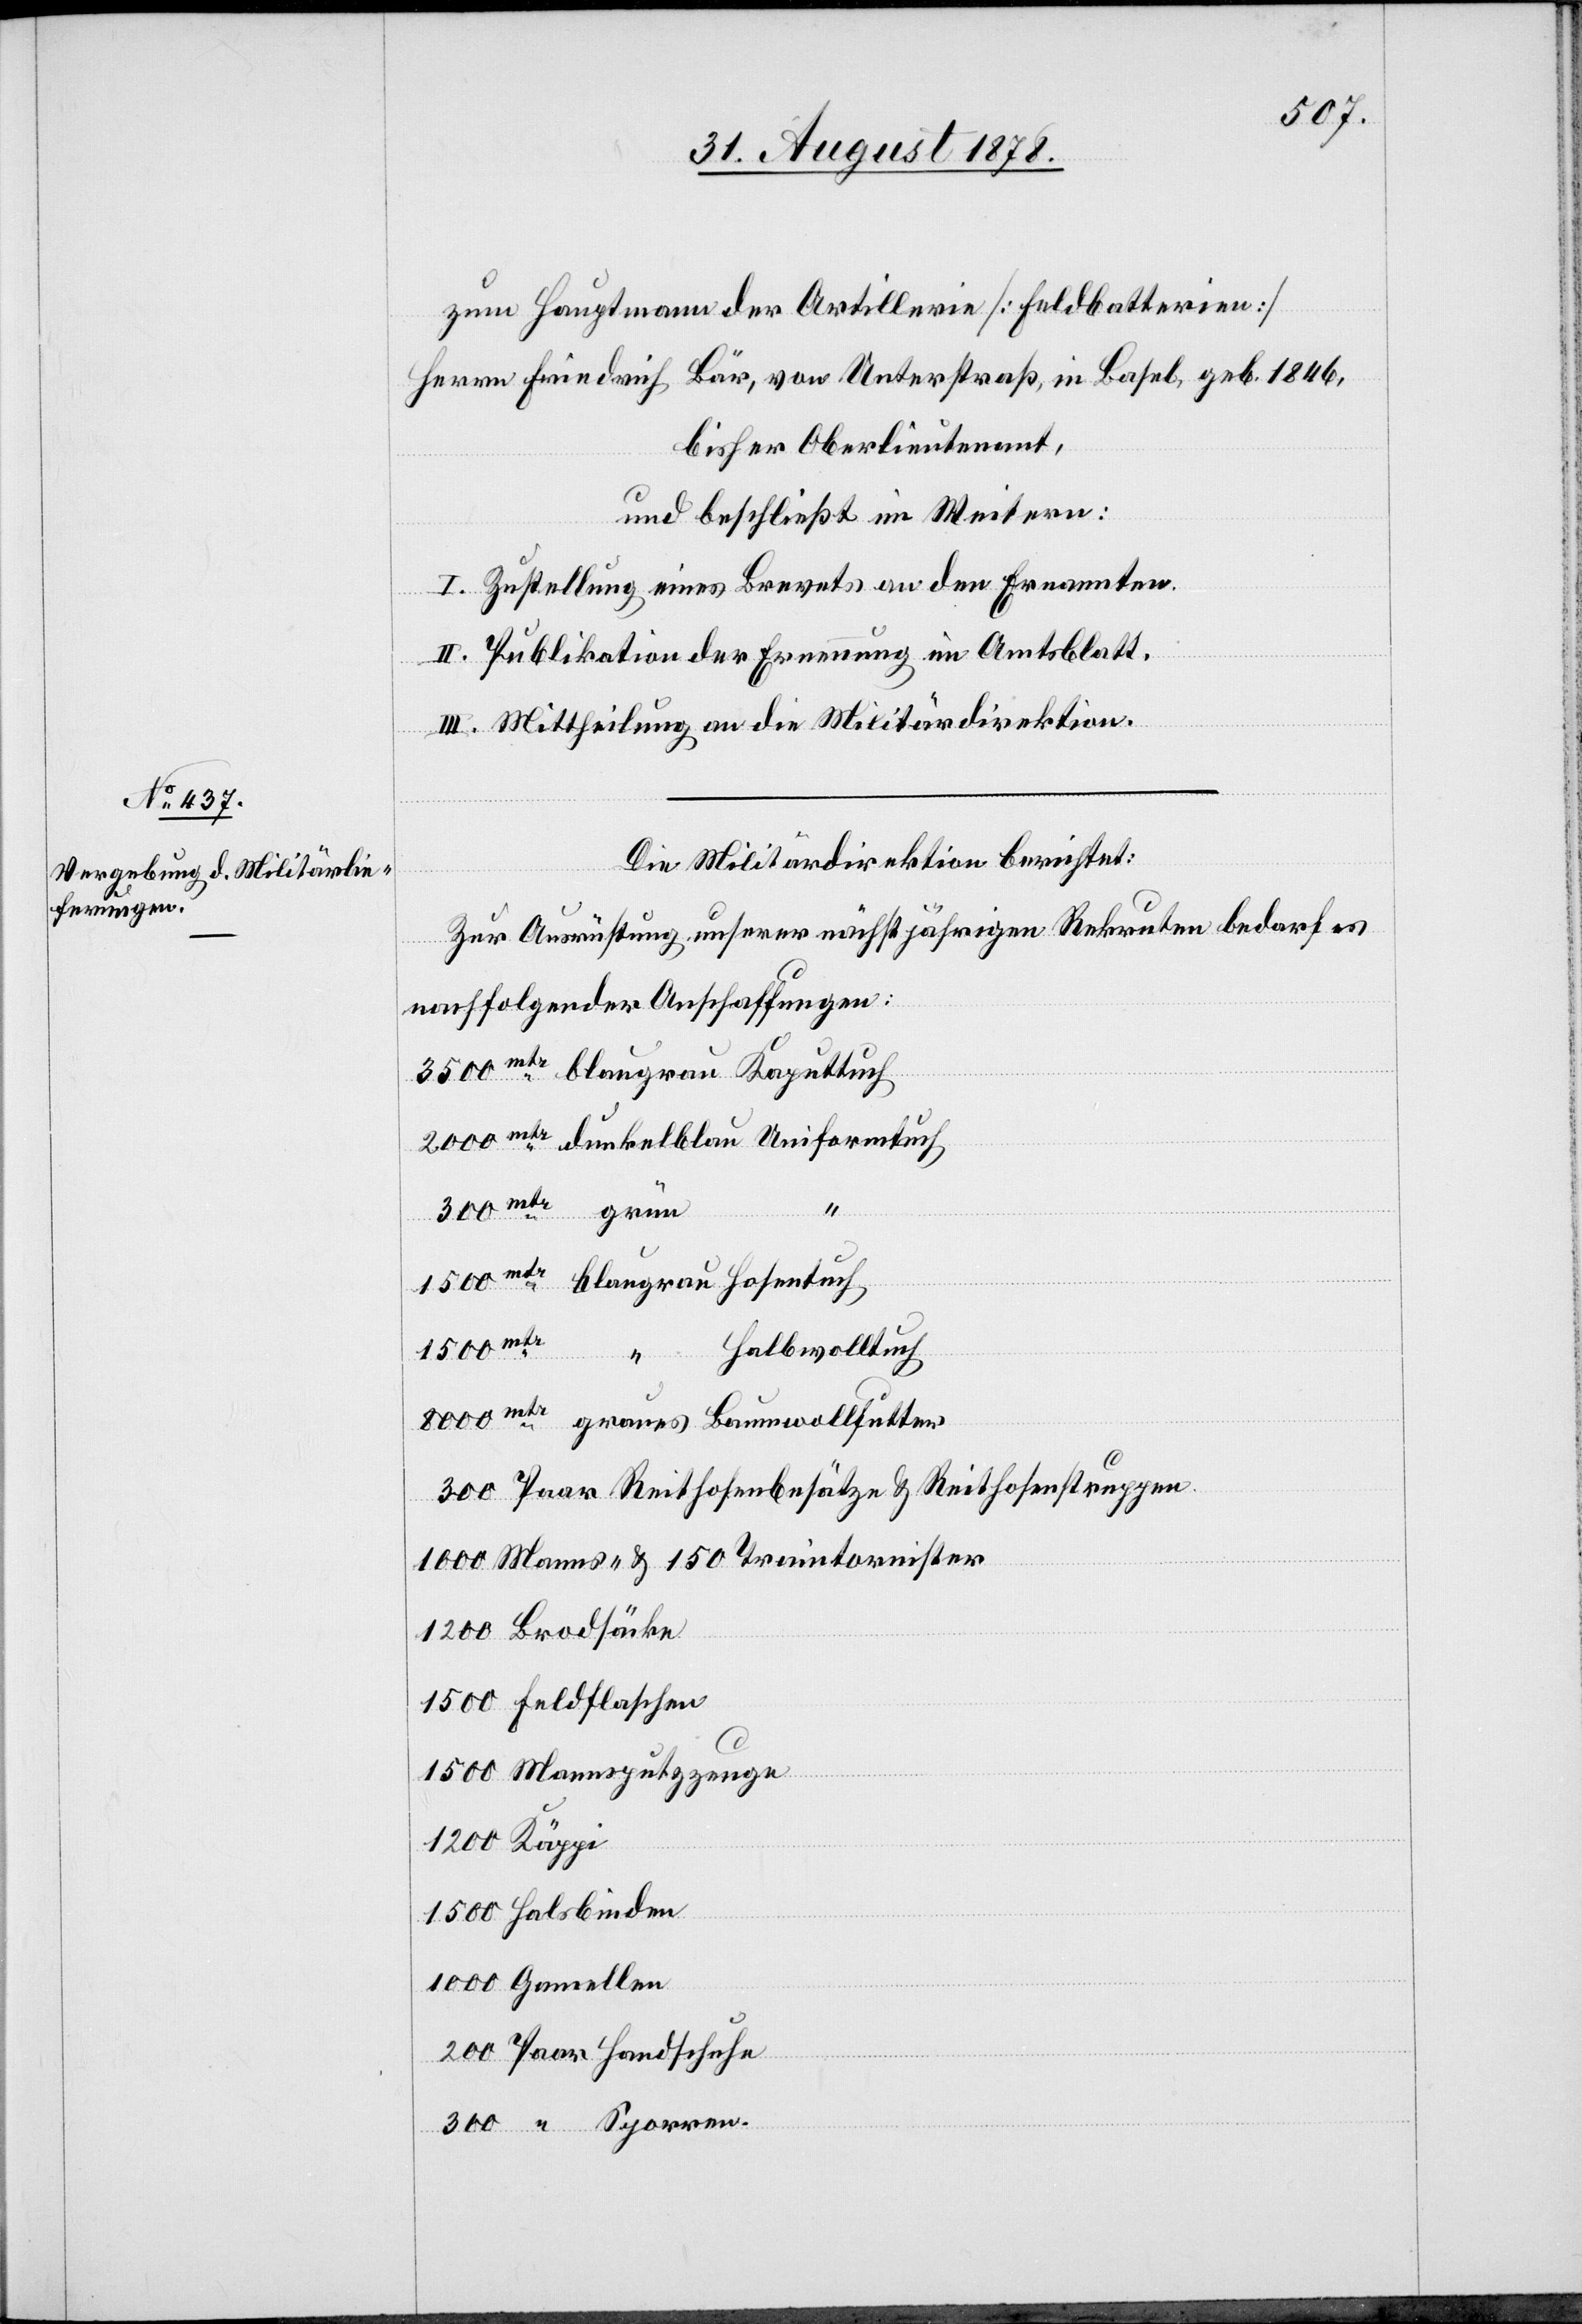
zum Hauptmann der Artillerie [Feldbatterien]
Herrn Friedrich Bär, von Unterstraß, in Basel, geb. 1846,
bisher Oberlieutenant,
und beschließt im Weitern:
I. Zustellung eines Brevets an den Ernannten.
II. Publikation der Ernennung im Amtsblatt.
III. Mittheilung an die Militärdirektion.
Die Militärdirektion berichtet:
Zur Ausrüstung unserer nächstjährigen Rekruten bedarf es
nachfolgender Anschaffungen:
1500mtr
Halbwolltuch
Halsbinden
graues Baumwollfutter
Paar Reithosenbesätze & Reithosenstruppen
Manns- & 150 Traintornister
300
Paar Handschuhe